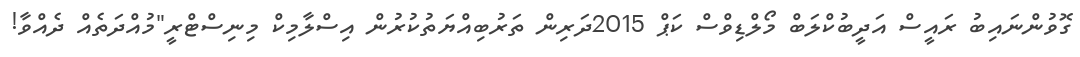
ގޮވުންނައިބު ރައީސް އަދީބުކްލަބް މޯލްޑިވްސް ކަޕް 2015ދަރިން ތަރުބިއްޔަތުކުރުން އިސްލާމިކް މިނިސްޓްރީ"މުއްދަތެއް ދެއްވާ!